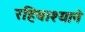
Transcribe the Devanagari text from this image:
रहिवाश्याने